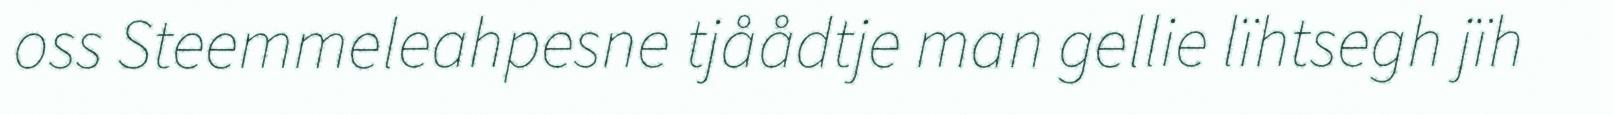
oss Steemmeleahpesne tjåådtje man gellie lïhtsegh jïh